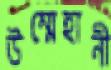
উম্মেহানী